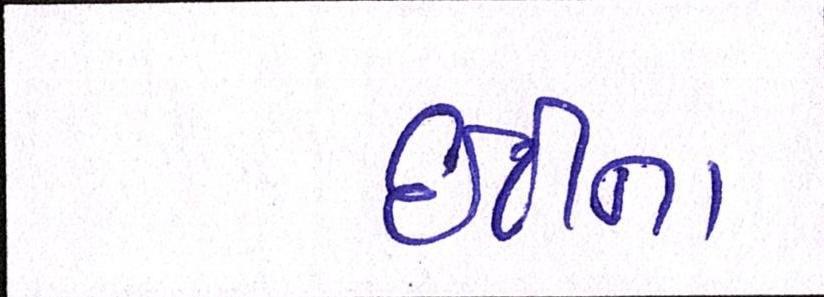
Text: ઇટીના